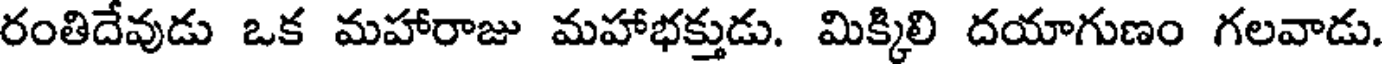
రంతిదేవుడు ఒక మహారాజు మహాభక్తుడు. మిక్కిలి దయాగుణం గలవాడు.